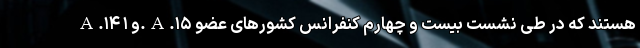
A.۱۴ و ۱.A.۱۵ هستند که در طی نشست بیست و چهارم کنفرانس کشورهای عضو